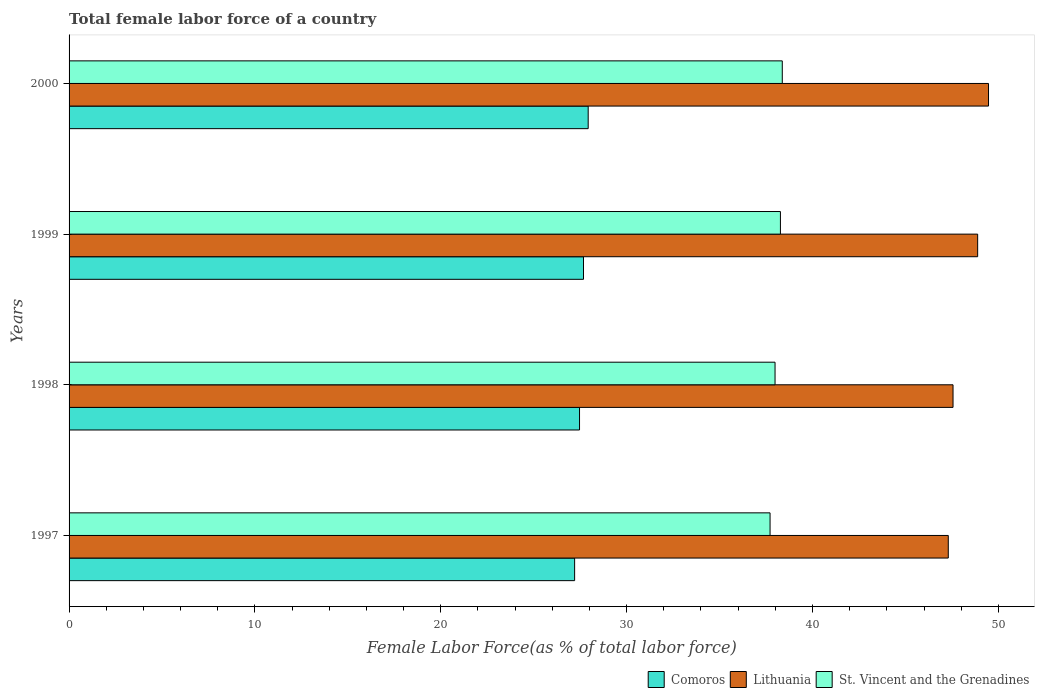
| Years | Comoros | Lithuania | St. Vincent and the Grenadines |
 | --- | --- | --- | --- |
 | 1997 | 27.2 | 47.3 | 37.7 |
 | 1998 | 27.5 | 47.6 | 38 |
 | 1999 | 27.7 | 48.9 | 38.3 |
 | 2000 | 27.9 | 49.5 | 38.4 |